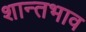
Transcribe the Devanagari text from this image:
शान्तभाव